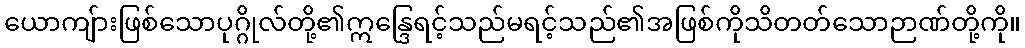
ယောကျ်ားဖြစ်သောပုဂ္ဂိုလ်တို့၏ဣန္ဒြေရင့်သည်မရင့်သည်၏အဖြစ်ကိုသိတတ်သောဉာဏ်တို့ကို။